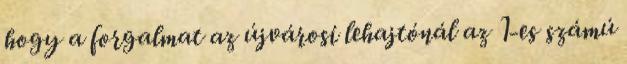
hogy a forgalmat az újvárosi lehajtónál az 1-es számú